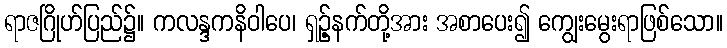
ရာဇဂြိုဟ်ပြည်၌။ ကလန္ဒကနိဝါပေ၊ ရှဉ့်နက်တို့အား အစာပေး၍ ကျွေးမွေးရာဖြစ်သော။